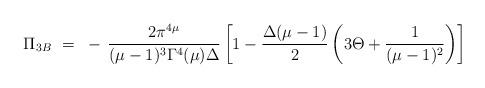
LaTeX: \begin{align*}\Pi_{3B} ~=~ - \, \frac{2\pi^{4\mu}}{(\mu-1)^3\Gamma^4(\mu)\Delta}\left[ 1 - \frac{\Delta(\mu-1)}{2} \left( 3\Theta + \frac{1}{(\mu-1)^2}\right)\right]\end{align*}